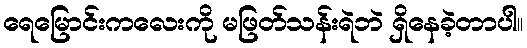
ရေမြောင်းကလေးကို မဖြတ်သန်းရဲဘဲ ရှိနေခဲ့တာပါ။